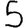
Digit: 5